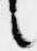
言